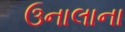
ઉનાલાના